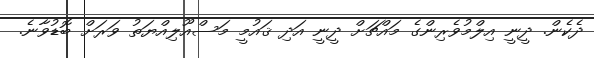
ދެކެން. ދީނީ އިލްމުވެރިންގެ މައްޗަށް ދީނީ އަދި ޤައުމީ މަސްއޫލިއްޔަތު ވަރަށް ބޮޑުވާނެ.